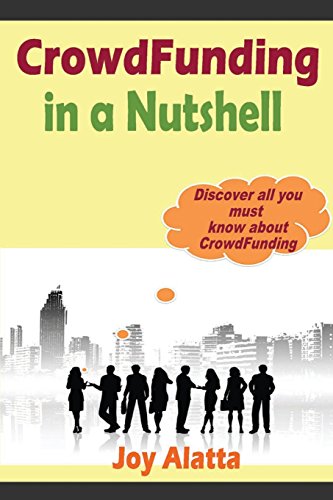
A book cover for CrowdFunding in a Nutshell: Discover all you must know about CrowdFunding; Joy Alatta; Business & Money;